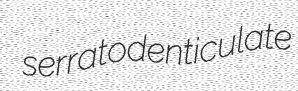
serratodenticulate